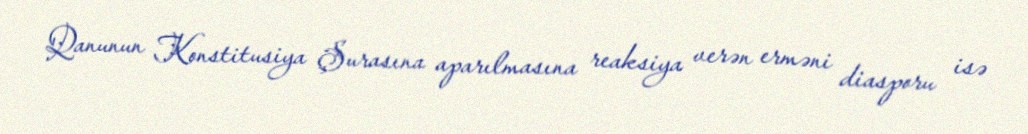
Qanunun Konstitusiya Şurasına aparılmasına reaksiya verən erməni diasporu isə